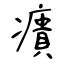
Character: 㿉